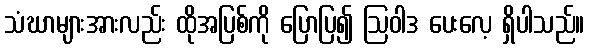
သံဃာများအားလည်း ထိုအပြစ်ကို ပြောပြ၍ ဩဝါဒ ပေးလေ့ ရှိပါသည်။